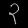
Digit: ၃